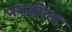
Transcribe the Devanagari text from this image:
नगरपिता